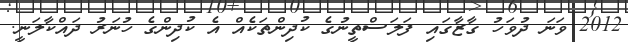
2012 ވަނަ ދުވަހު ގާޒާގައި ފަލަސްތީނުގެ ކުދިންތަކެއް އެ ކުދިންގެ ހުނަރު ދައްކާލަނީ.